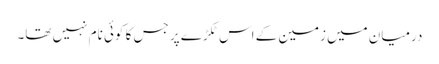
درمیان میں زمین کے اس ٹکڑے پر جس کا کوئی نام نہیں تھا۔